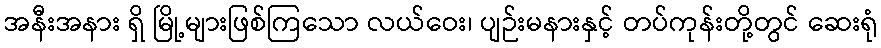
အနီးအနား ရှိ မြို့များဖြစ်ကြသော လယ်ဝေး၊ ပျဉ်းမနားနှင့် တပ်ကုန်းတို့တွင် ဆေးရုံ